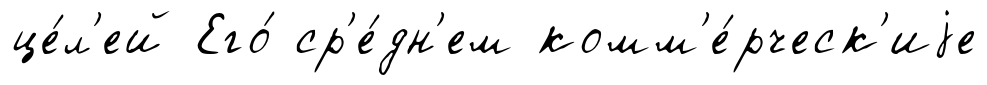
це́л'ей Его́ ср'е́дн'ем комм'е́рческ'иjе